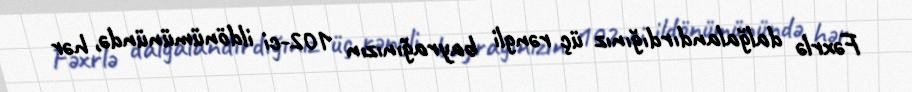
Fəxrlə dalğalandırdığınız üç rəngli bayrağınızın 102-ci ildönümünündə, hər